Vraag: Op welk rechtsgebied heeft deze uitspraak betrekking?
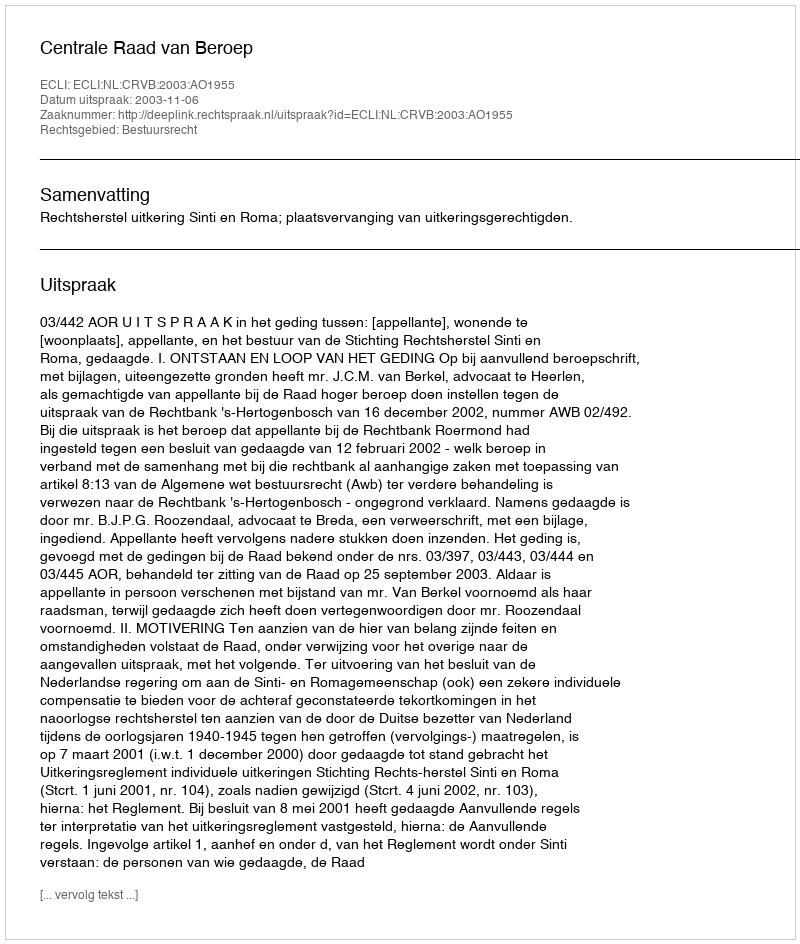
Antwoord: Bestuursrecht